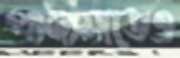
পানামাতেও